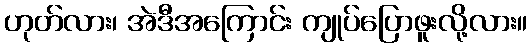
ဟုတ်လား၊ အဲဒီအကြောင်း ကျုပ်ပြောဖူးလို့လား။